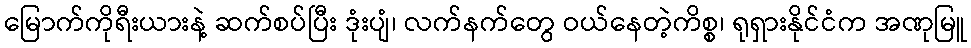
မြောက်ကိုရီးယားနဲ့ ဆက်စပ်ပြီး ဒုံးပျံ၊ လက်နက်တွေ ဝယ်နေတဲ့ကိစ္စ၊ ရုရှားနိုင်ငံက အဏုမြူ